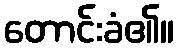
တောင်းခံ၏။